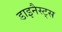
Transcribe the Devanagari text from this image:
डाइनैस्ट्स